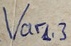
Text: Varl3